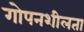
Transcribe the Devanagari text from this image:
गोपनशीलता